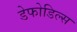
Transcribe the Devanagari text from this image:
डेफोडिल्स